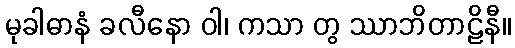
မုခါဓာနံ ခလီနော ဝါ၊ ကသာ တွ ဿာဘိတာဠိနီ။